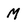
Character: M